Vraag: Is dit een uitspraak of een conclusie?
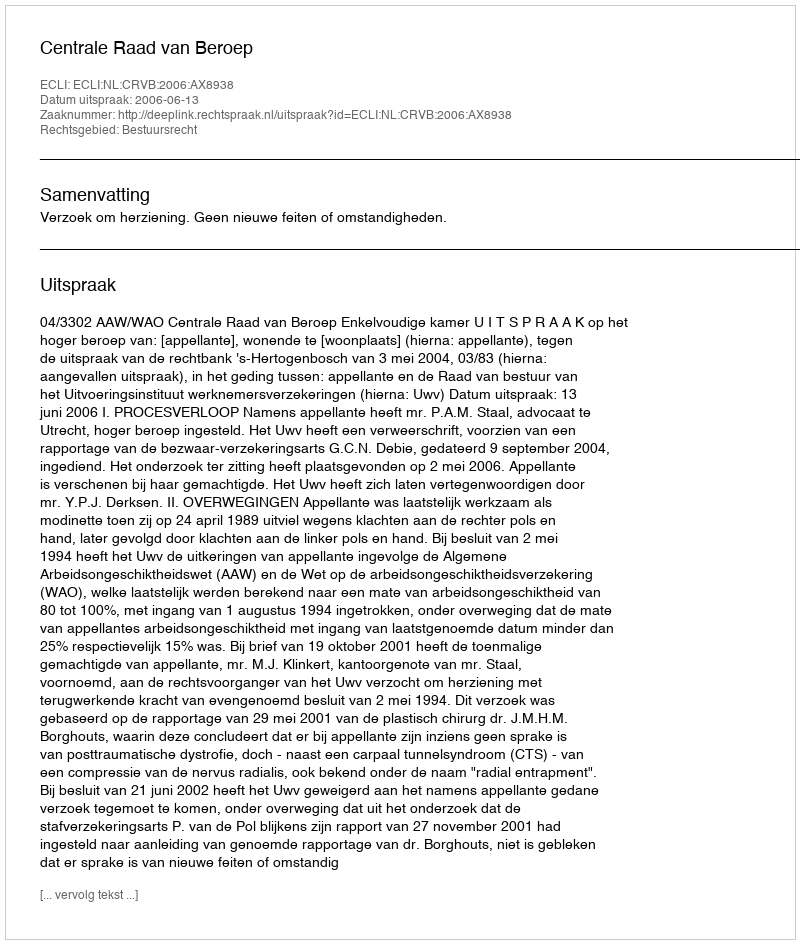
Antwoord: Uitspraak